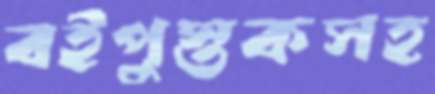
বইপুস্তকসহ